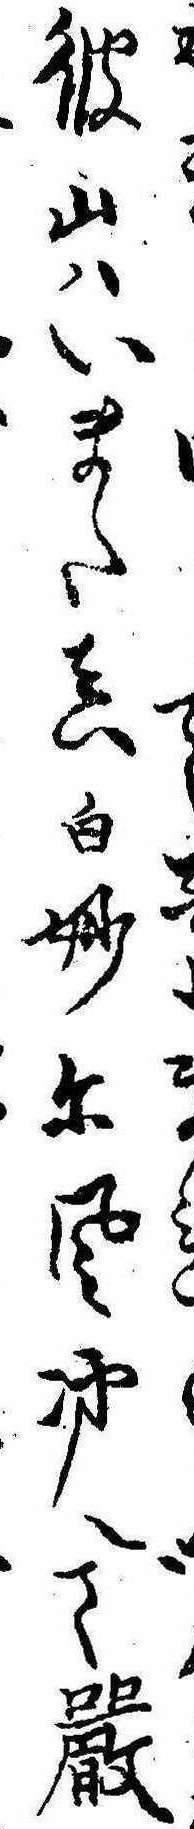
てまれ彼山はいまた真白妙に風冴へて厳